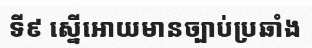
ទី៩ ស្នើអោយមានច្បាប់ប្រឆាំង